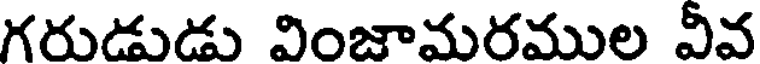
గరుడుడు వింజామరముల వీవ